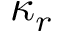
\kappa _ { r }